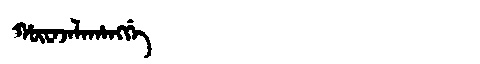
Manchu: ᡥᡡᠸᠠᠵᠠᠯᠠᡥᠠᠩᡤᡝ
Romanization: HŪWAJALAHANGGE